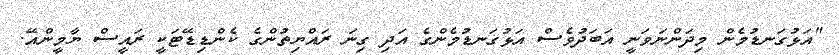
"އަޅުގަނޑުމެން މިދަންނަވަނީ އަބަދުވެސް އަޅުގަނޑުމެންގެ އަދި ގިނަ ރައްޔިތުންގެ ކެންޑިޑޭޓަކީ ރައީސް ޔާމީންއޭ.